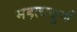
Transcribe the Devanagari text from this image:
महत्वबूर्ण